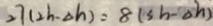
2 7 ( 2 h - \Delta h ) = 8 ( s h - \Delta h )